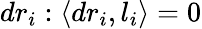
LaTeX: dr_{i}:\langle dr_{i},l_{i}\rangle=0